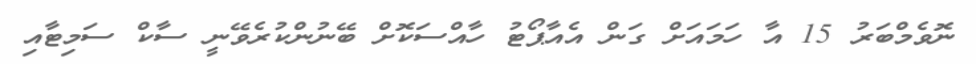
ނޮވެމްބަރު 15 އާ ހަމައަށް ގަން އެއާޕޯޓު ހާއްސަކޮށް ބޭނުންކުރެވޭނީ ސާކް ސަމިޓާއި